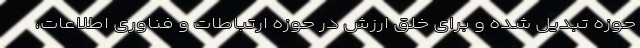
حوزه تبدیل شده و برای خلق ارزش در حوزه ارتباطات و فناوری اطلاعات،